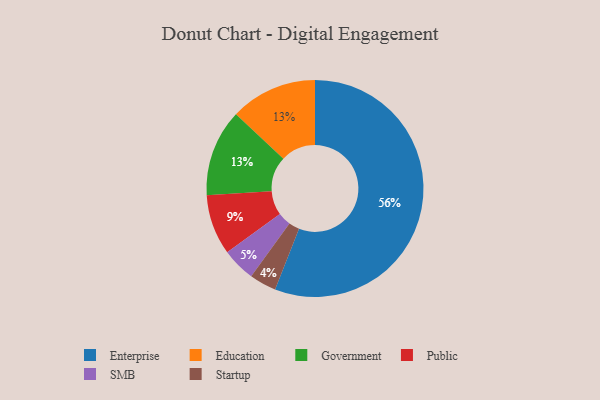
{"axis": {"x": "Category", "y": "Percentage"}, "legend": ["Education", "Enterprise", "Government", "Public", "SMB", "Startup"], "data": [{"x": "Startup", "y": 4, "type": "Startup"}, {"x": "Enterprise", "y": 56, "type": "Enterprise"}, {"x": "Education", "y": 13, "type": "Education"}, {"x": "Public", "y": 9, "type": "Public"}, {"x": "Government", "y": 13, "type": "Government"}, {"x": "SMB", "y": 5, "type": "SMB"}]}